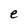
Character: e